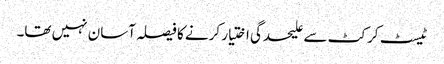
ٹیسٹ کرکٹ سے علیحدگی اختیار کرنے کا فیصلہ آسان نہیں تھا۔